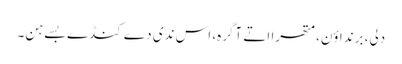
دلی، برنداؤن، متھرا اتے آگرہ، اس ندی دے کنڈے بسے ہن۔